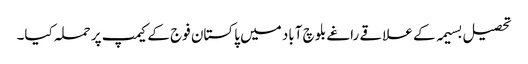
تحصیل بسیمہ کے علاقے راغے بلوچ آباد میں پاکستان فوج کے کیمپ پر حملہ کیا۔